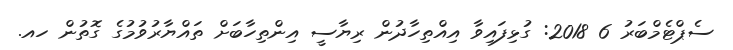
ސެޕްޓެމްބަރު 6 2018: ގުޅިފައިވާ އިއްތިހާދުން ރިޔާސީ އިންތިހާބަށް ތައްޔާރުވުމުގެ ގޮތުން ހއ.